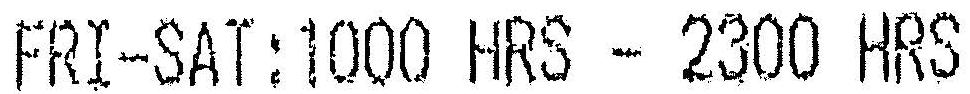
FRI-SAT:1000 HRS - 2300 HRS